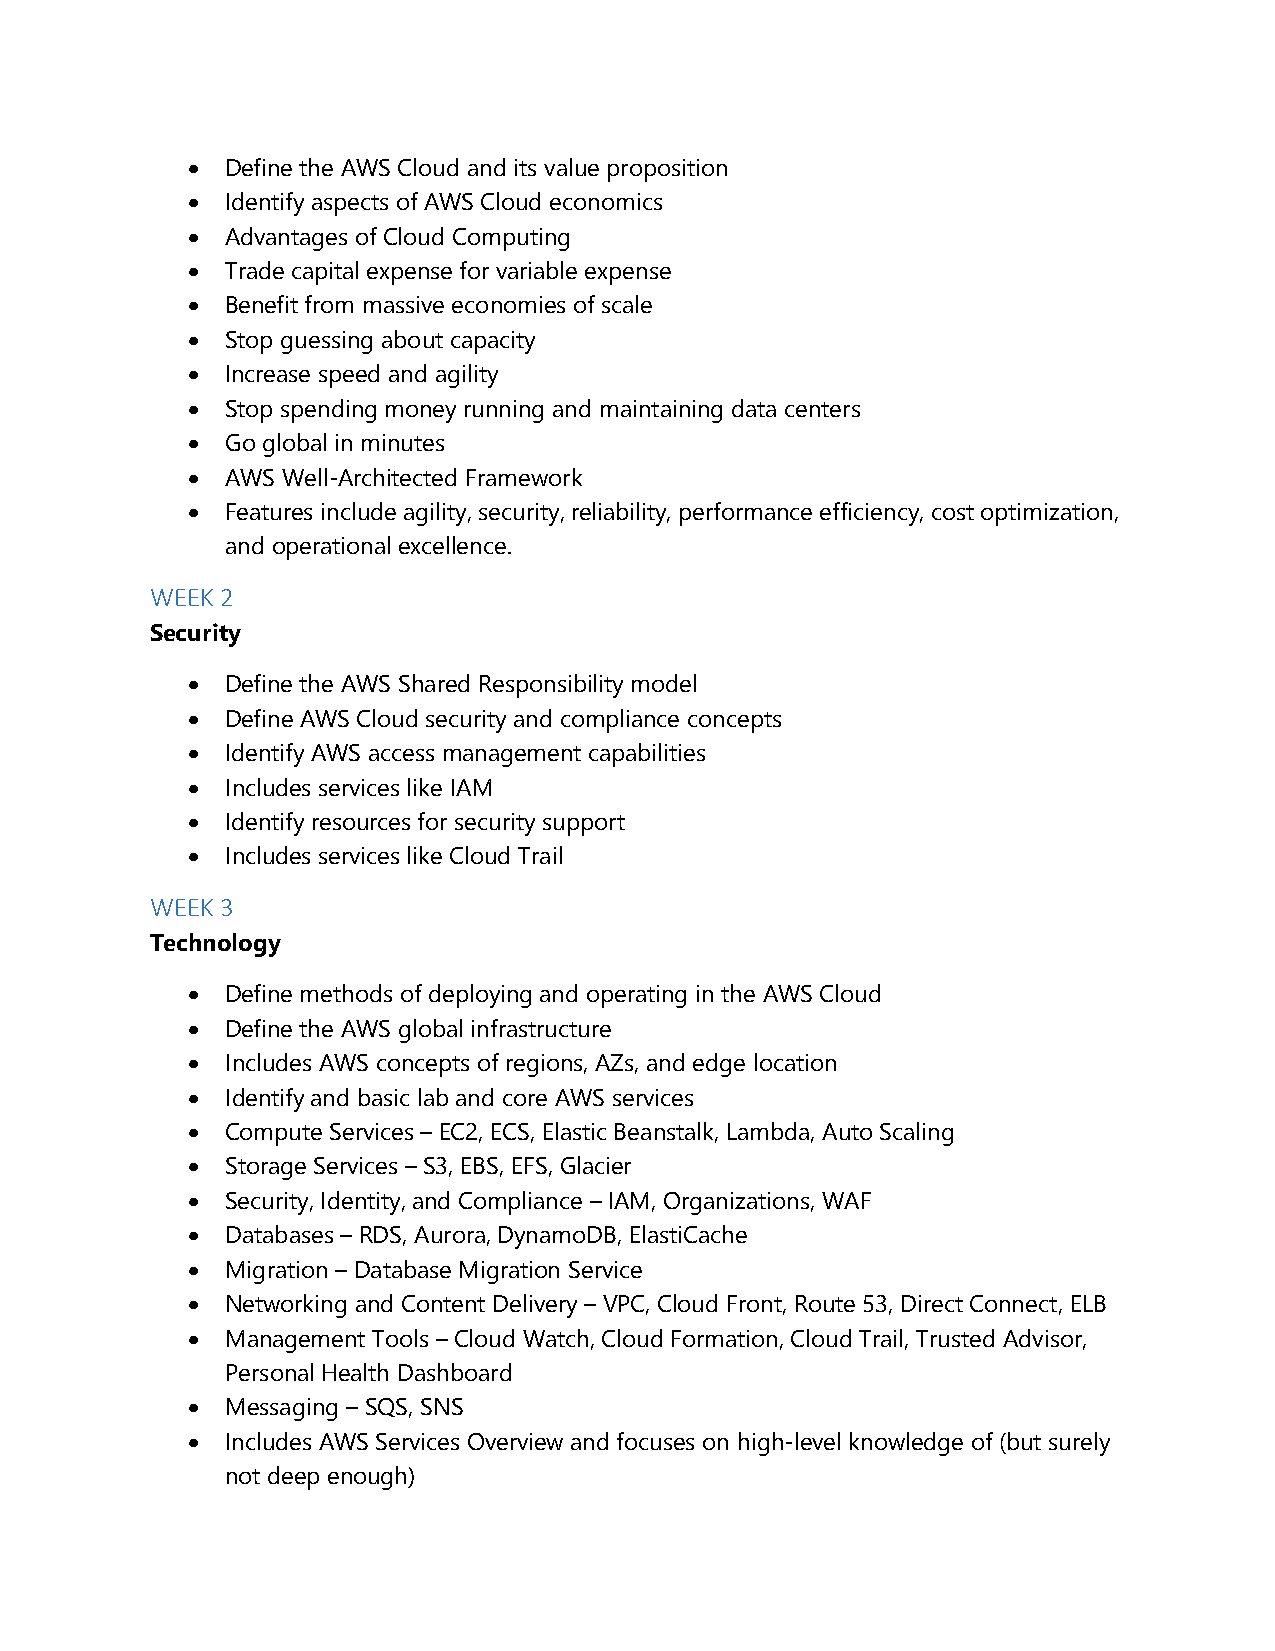
  Define the AWS Cloud and its value proposition
   Identify aspects of AWS Cloud economics
   Advantages of Cloud Computing
   Trade capital expense for variable expense
   Benefit from massive economies of scale
   Stop guessing about capacity
   Increase speed and agility
   Stop spending money running and maintaining data centers
   Go global in minutes
   AWS Well-Architected Framework
   Features include agility, security, reliability, performance efficiency, cost optimization,
 and operational excellence.
 WEEK 2
 Security
   Define the AWS Shared Responsibility model
   Define AWS Cloud security and compliance concepts
   Identify AWS access management capabilities
   Includes services like IAM
   Identify resources for security support
   Includes services like Cloud Trail
 WEEK 3
 Technology
   Define methods of deploying and operating in the AWS Cloud
   Define the AWS global infrastructure
   Includes AWS concepts of regions, AZs, and edge location
   Identify and basic lab and core AWS services
   Compute Services – EC2, ECS, Elastic Beanstalk, Lambda, Auto Scaling
   Storage Services – S3, EBS, EFS, Glacier
   Security, Identity, and Compliance – IAM, Organizations, WAF
   Databases – RDS, Aurora, DynamoDB, ElastiCache
   Migration – Database Migration Service
   Networking and Content Delivery – VPC, Cloud Front, Route 53, Direct Connect, ELB
   Management Tools – Cloud Watch, Cloud Formation, Cloud Trail, Trusted Advisor,
 Personal Health Dashboard
   Messaging – SQS, SNS
   Includes AWS Services Overview and focuses on high-level knowledge of (but surely
 not deep enough)